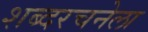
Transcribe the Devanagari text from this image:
शब्दरचनेला